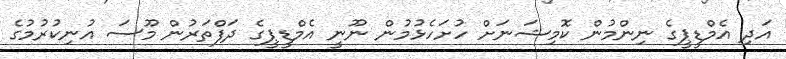
އަދި އެމްޑީޕީގެ ނިންމުން ކޮމިޝަނަށް ހުށަހެޅުމުން ނޫނީ އެމްޑީޕީގެ ދަފްތަރުން މޫސަ އުނިކުރުމުގެ